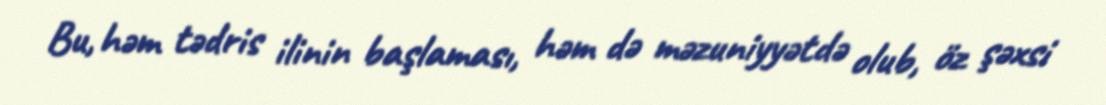
Bu, həm tədris ilinin başlaması, həm də məzuniyyətdə olub, öz şəxsi